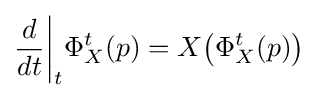
{\frac {d}{dt}}{\biggr |}_{t}\Phi _{X}^{t}(p)=X{\bigl (}\Phi _{X}^{t}(p){\bigr )}